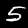
Label: 5